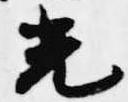
光